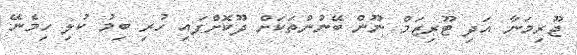
ޖޫރިމަނާ އަދި ޓޫރިޒަމް ނޫން ބޭނުންތަކަށް ދޫކޮށްފައި ހުރި ބިމު ކުލި ހިމެނޭ